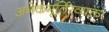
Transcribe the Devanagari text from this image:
अनेकमूर्तिरव्यक्तः